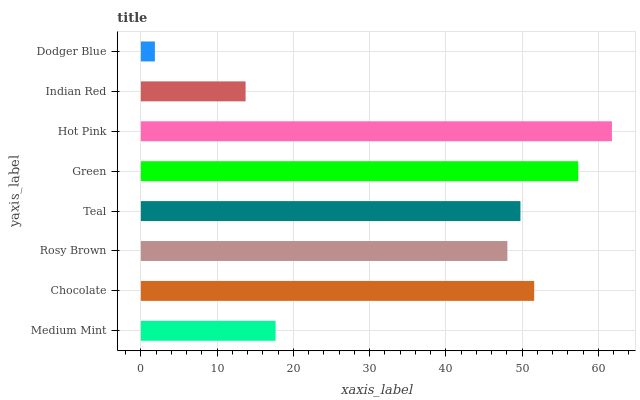
| yaxis_label | bars |
 | --- | --- |
 | Medium Mint | 17.7 |
 | Chocolate | 51.6 |
 | Rosy Brown | 48.1 |
 | Teal | 49.8 |
 | Green | 57.4 |
 | Hot Pink | 61.8 |
 | Indian Red | 13.7 |
 | Dodger Blue | 1.84 |